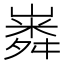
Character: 𡼵